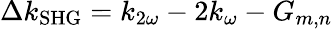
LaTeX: \Delta k_{\mathrm{{SHG}}}=k_{2\omega}-2k_{\omega}-G_{m,n}